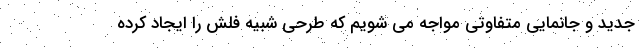
جدید و جانمایی متفاوتی مواجه می شویم که طرحی شبیه فلش را ایجاد کرده